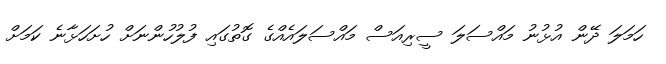
ހަމަލަ ދޭން އުޅުނު މައްސަލަ ސީރިއަސް މައްސަލައެއްގެ ގޮތުގައި ފުލުހުންނަށް ހުށަހަޅާނެ ކަމަށް